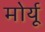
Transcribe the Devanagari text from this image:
मोर्यू